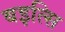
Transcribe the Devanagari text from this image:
बइत्सि